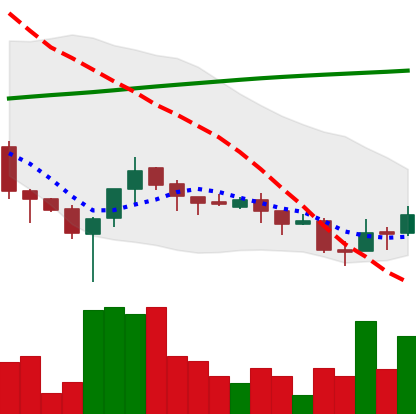
Ticker: XLM-USD
Chart end date: 2018-04-02
Forward return: -10.236%
Label: down_7plus